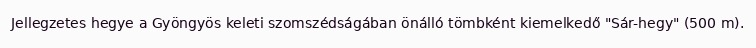
Jellegzetes hegye a Gyöngyös keleti szomszédságában önálló tömbként kiemelkedő "Sár-hegy" (500 m).